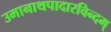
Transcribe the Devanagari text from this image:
उमानाथपादारविन्दम्